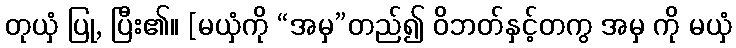
တုယှံ ပြု, ပြီး၏။ [မယှံကို “အမှ”တည်၍ ဝိဘတ်နှင့်တကွ အမှ ကို မယှံ